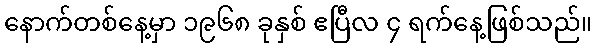
နောက်တစ်နေ့မှာ ၁၉၆၈ ခုနှစ် ဧပြီလ ၄ ရက်နေ့ဖြစ်သည်။